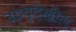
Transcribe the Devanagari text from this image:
उठवूदेखील